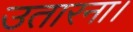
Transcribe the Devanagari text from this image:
उतारना।